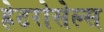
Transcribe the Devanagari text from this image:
हेटरोसेल्स